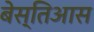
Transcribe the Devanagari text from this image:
बेस्तिआस